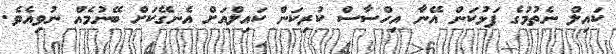
ކައިލް ނެތުމުގެ ފަޅުކަން އޭނާ އިހްސާސް ކުރިކަން ކައިލްއަށް އެނގޭކަށް ބޭނުމެއް ނުވިއެވެ.